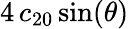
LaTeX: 4\, c_{20}\sin(\theta)